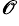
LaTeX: ^\mathscr{O}